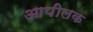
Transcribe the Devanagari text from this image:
आपीलक